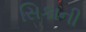
સિકાની